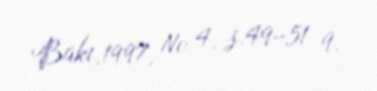
Bakı,1997, № 4, s.49–51 9.